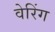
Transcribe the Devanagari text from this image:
वेरिंग